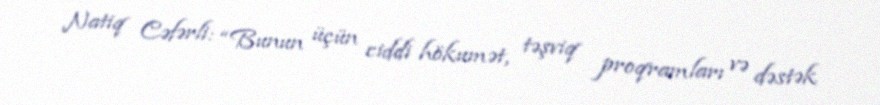
Natiq Cəfərli: “Bunun üçün ciddi hökumət, təşviq proqramları və dəstək